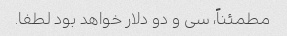
مطمئناً، سی و دو دلار خواهد بود لطفا.